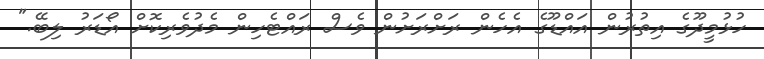
ހުޅުމީދޫގެ އިތުރުން އައްޑޫގެ އެހެން ރަށްރަށުން ވެސް ރައްޓެހިން މެދުވެރިކޮށް އޯޑަރު ލިބޭ."